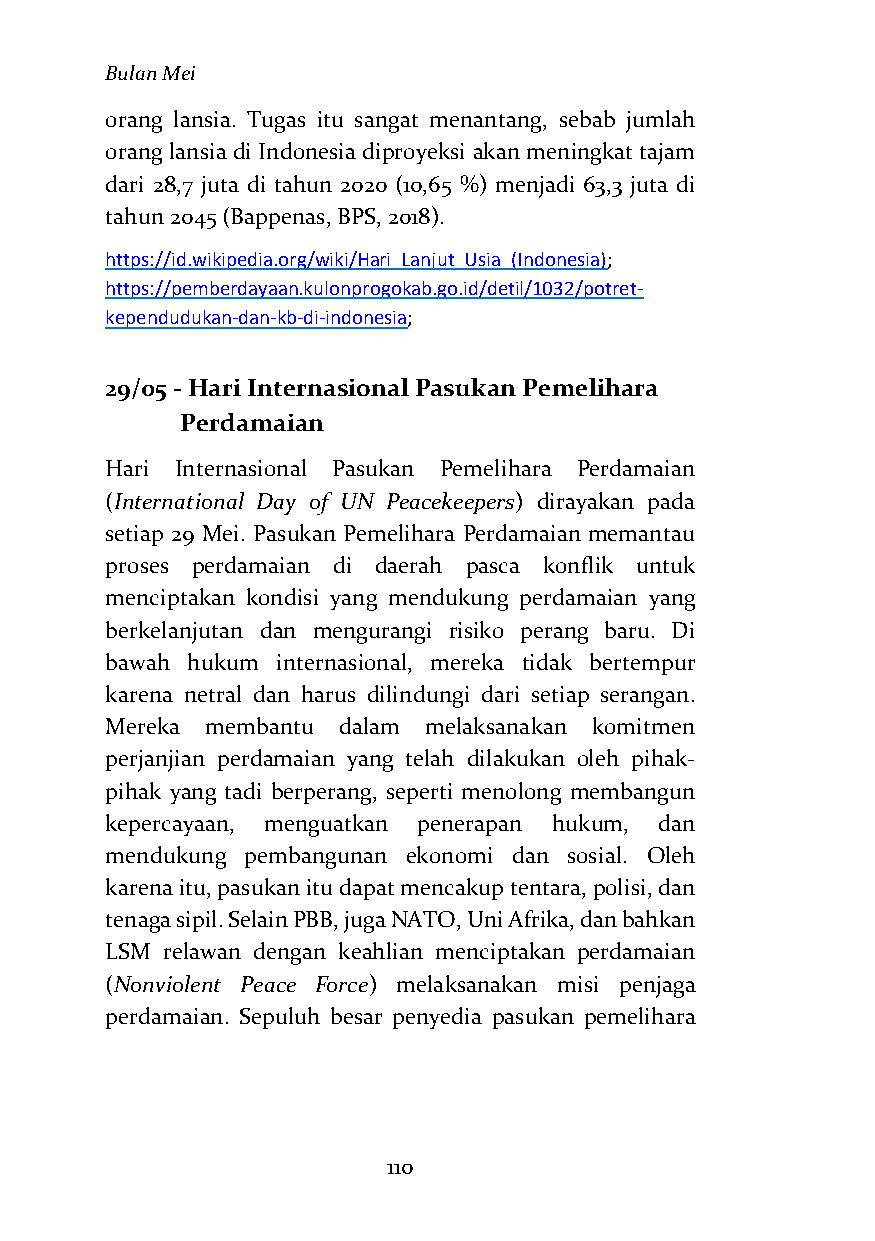
Bulan Mei
 orang lansia. Tugas itu sangat menantang, sebab jumlah
 orang lansia di Indonesia diproyeksi akan meningkat tajam
 dari 28,7 juta di tahun 2020 (10,65 %) menjadi 63,3 juta di
 tahun 2045 (Bappenas, BPS, 2018).
 https://id.wikipedia.org/wiki/Hari_Lanjut_Usia_(Indonesia);
 https://pemberdayaan.kulonprogokab.go.id/detil/1032/potret-
 kependudukan-dan-kb-di-indonesia;
 29/05 - Hari Internasional Pasukan Pemelihara
 Perdamaian
 Hari Internasional Pasukan Pemelihara Perdamaian
 (International Day of UN Peacekeepers) dirayakan pada
 setiap 29 Mei. Pasukan Pemelihara Perdamaian memantau
 proses perdamaian di daerah pasca konflik untuk
 menciptakan kondisi yang mendukung perdamaian yang
 berkelanjutan dan mengurangi risiko perang baru. Di
 bawah hukum internasional, mereka tidak bertempur
 karena netral dan harus dilindungi dari setiap serangan.
 Mereka membantu dalam melaksanakan komitmen
 perjanjian perdamaian yang telah dilakukan oleh pihak-
 pihak yang tadi berperang, seperti menolong membangun
 kepercayaan, menguatkan penerapan hukum, dan
 mendukung pembangunan ekonomi dan sosial. Oleh
 karena itu, pasukan itu dapat mencakup tentara, polisi, dan
 tenaga sipil. Selain PBB, juga NATO, Uni Afrika, dan bahkan
 LSM relawan dengan keahlian menciptakan perdamaian
 (Nonviolent Peace Force) melaksanakan misi penjaga
 perdamaian. Sepuluh besar penyedia pasukan pemelihara
 110